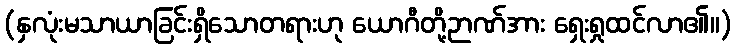
(နှလုံးမသာယာခြင်းရှိသောတရားဟု ယောဂီတို့ဉာဏ်အား ရှေးရှုထင်လာ၏။)